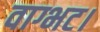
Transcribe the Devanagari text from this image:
वाग्भट।